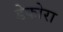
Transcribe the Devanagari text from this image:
डेकोरा